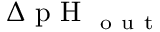
\Delta \textrm { p H } _ { \mathrm { ~ o ~ u ~ t ~ } }